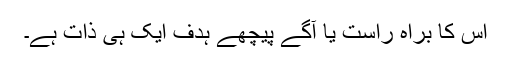
اس کا براہ راست یا آگے پیچھے ہدف ایک ہی ذات ہے۔